Madras plague regulations and rules for the inspection of inward and outward bound vessels - Volume 2
Disease focus: Plague
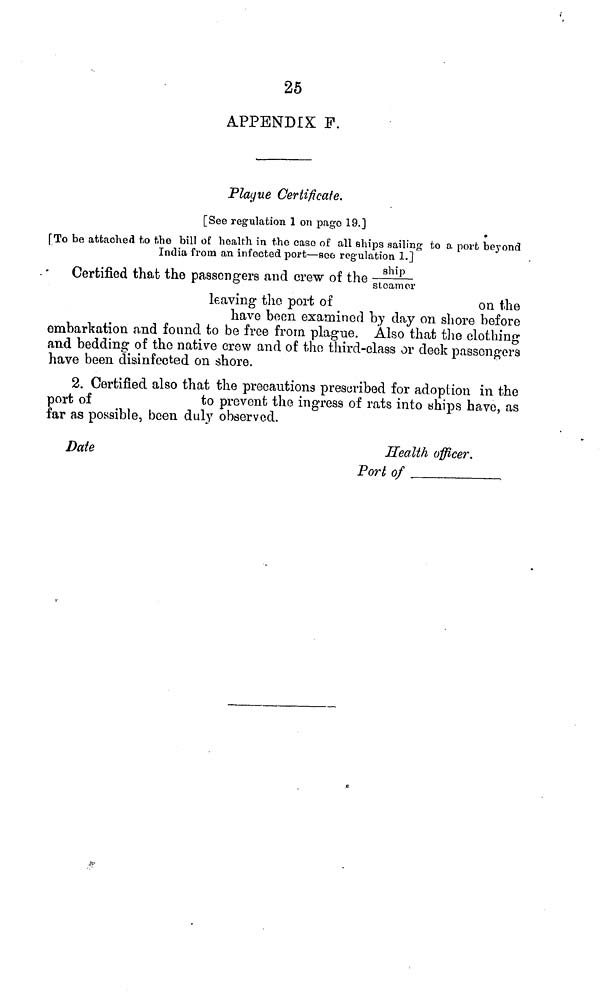
25
APPENDIX F.
Plaque Certificate.
[See regulation 1 on pago 19.]
»
[To be attached fio the bill of health, in the case of all ships sailing to a port beyond
India from an infected port—soo regulation l.J
Certified that the passengers and crew of the ship/steamer r
leaving the port of
on the
have been examined by day on shore before
embarkation and found to be free from plague. Also that the clothing
and bedding of the native crow and of the third-class or deck passengers
have been disinfected on shore.
2. Certified also that the precautions prescribed for adoption in the
port of
to prevent the ingress of rats into ships have, as
far as possible, been duly observed.
Date
Health officer.
Port of ,